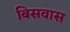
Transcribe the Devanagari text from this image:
बिसवास